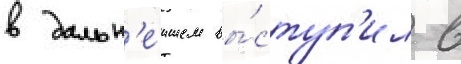
в дальн'еишем вы́ступ'ил в